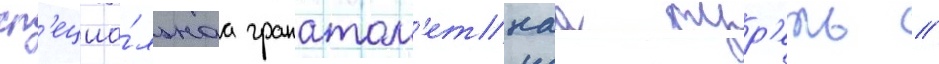
сп'ециа́льнаа гранатом'етнаа тур'ель //